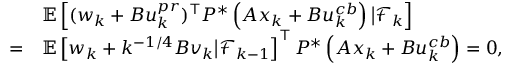
\begin{array} { r l } & { \mathbb { E } \left[ ( w _ { k } + B u _ { k } ^ { p r } ) ^ { \top } P ^ { * } \left( A x _ { k } + B u _ { k } ^ { c b } \right) \big | \mathcal { F } _ { k } \right] } \\ { = } & { \mathbb { E } \left[ w _ { k } + k ^ { - 1 / 4 } B v _ { k } \big | \mathcal { F } _ { k - 1 } \right] ^ { \top } P ^ { * } \left( A x _ { k } + B u _ { k } ^ { c b } \right) = 0 , } \end{array}